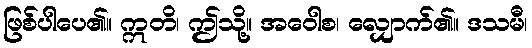
ဖြစ်ပါပေ၏။ ဣတိ၊ ဤသို့။ အဝေါစ၊ လျှောက်၏။ ဒသမီ၊